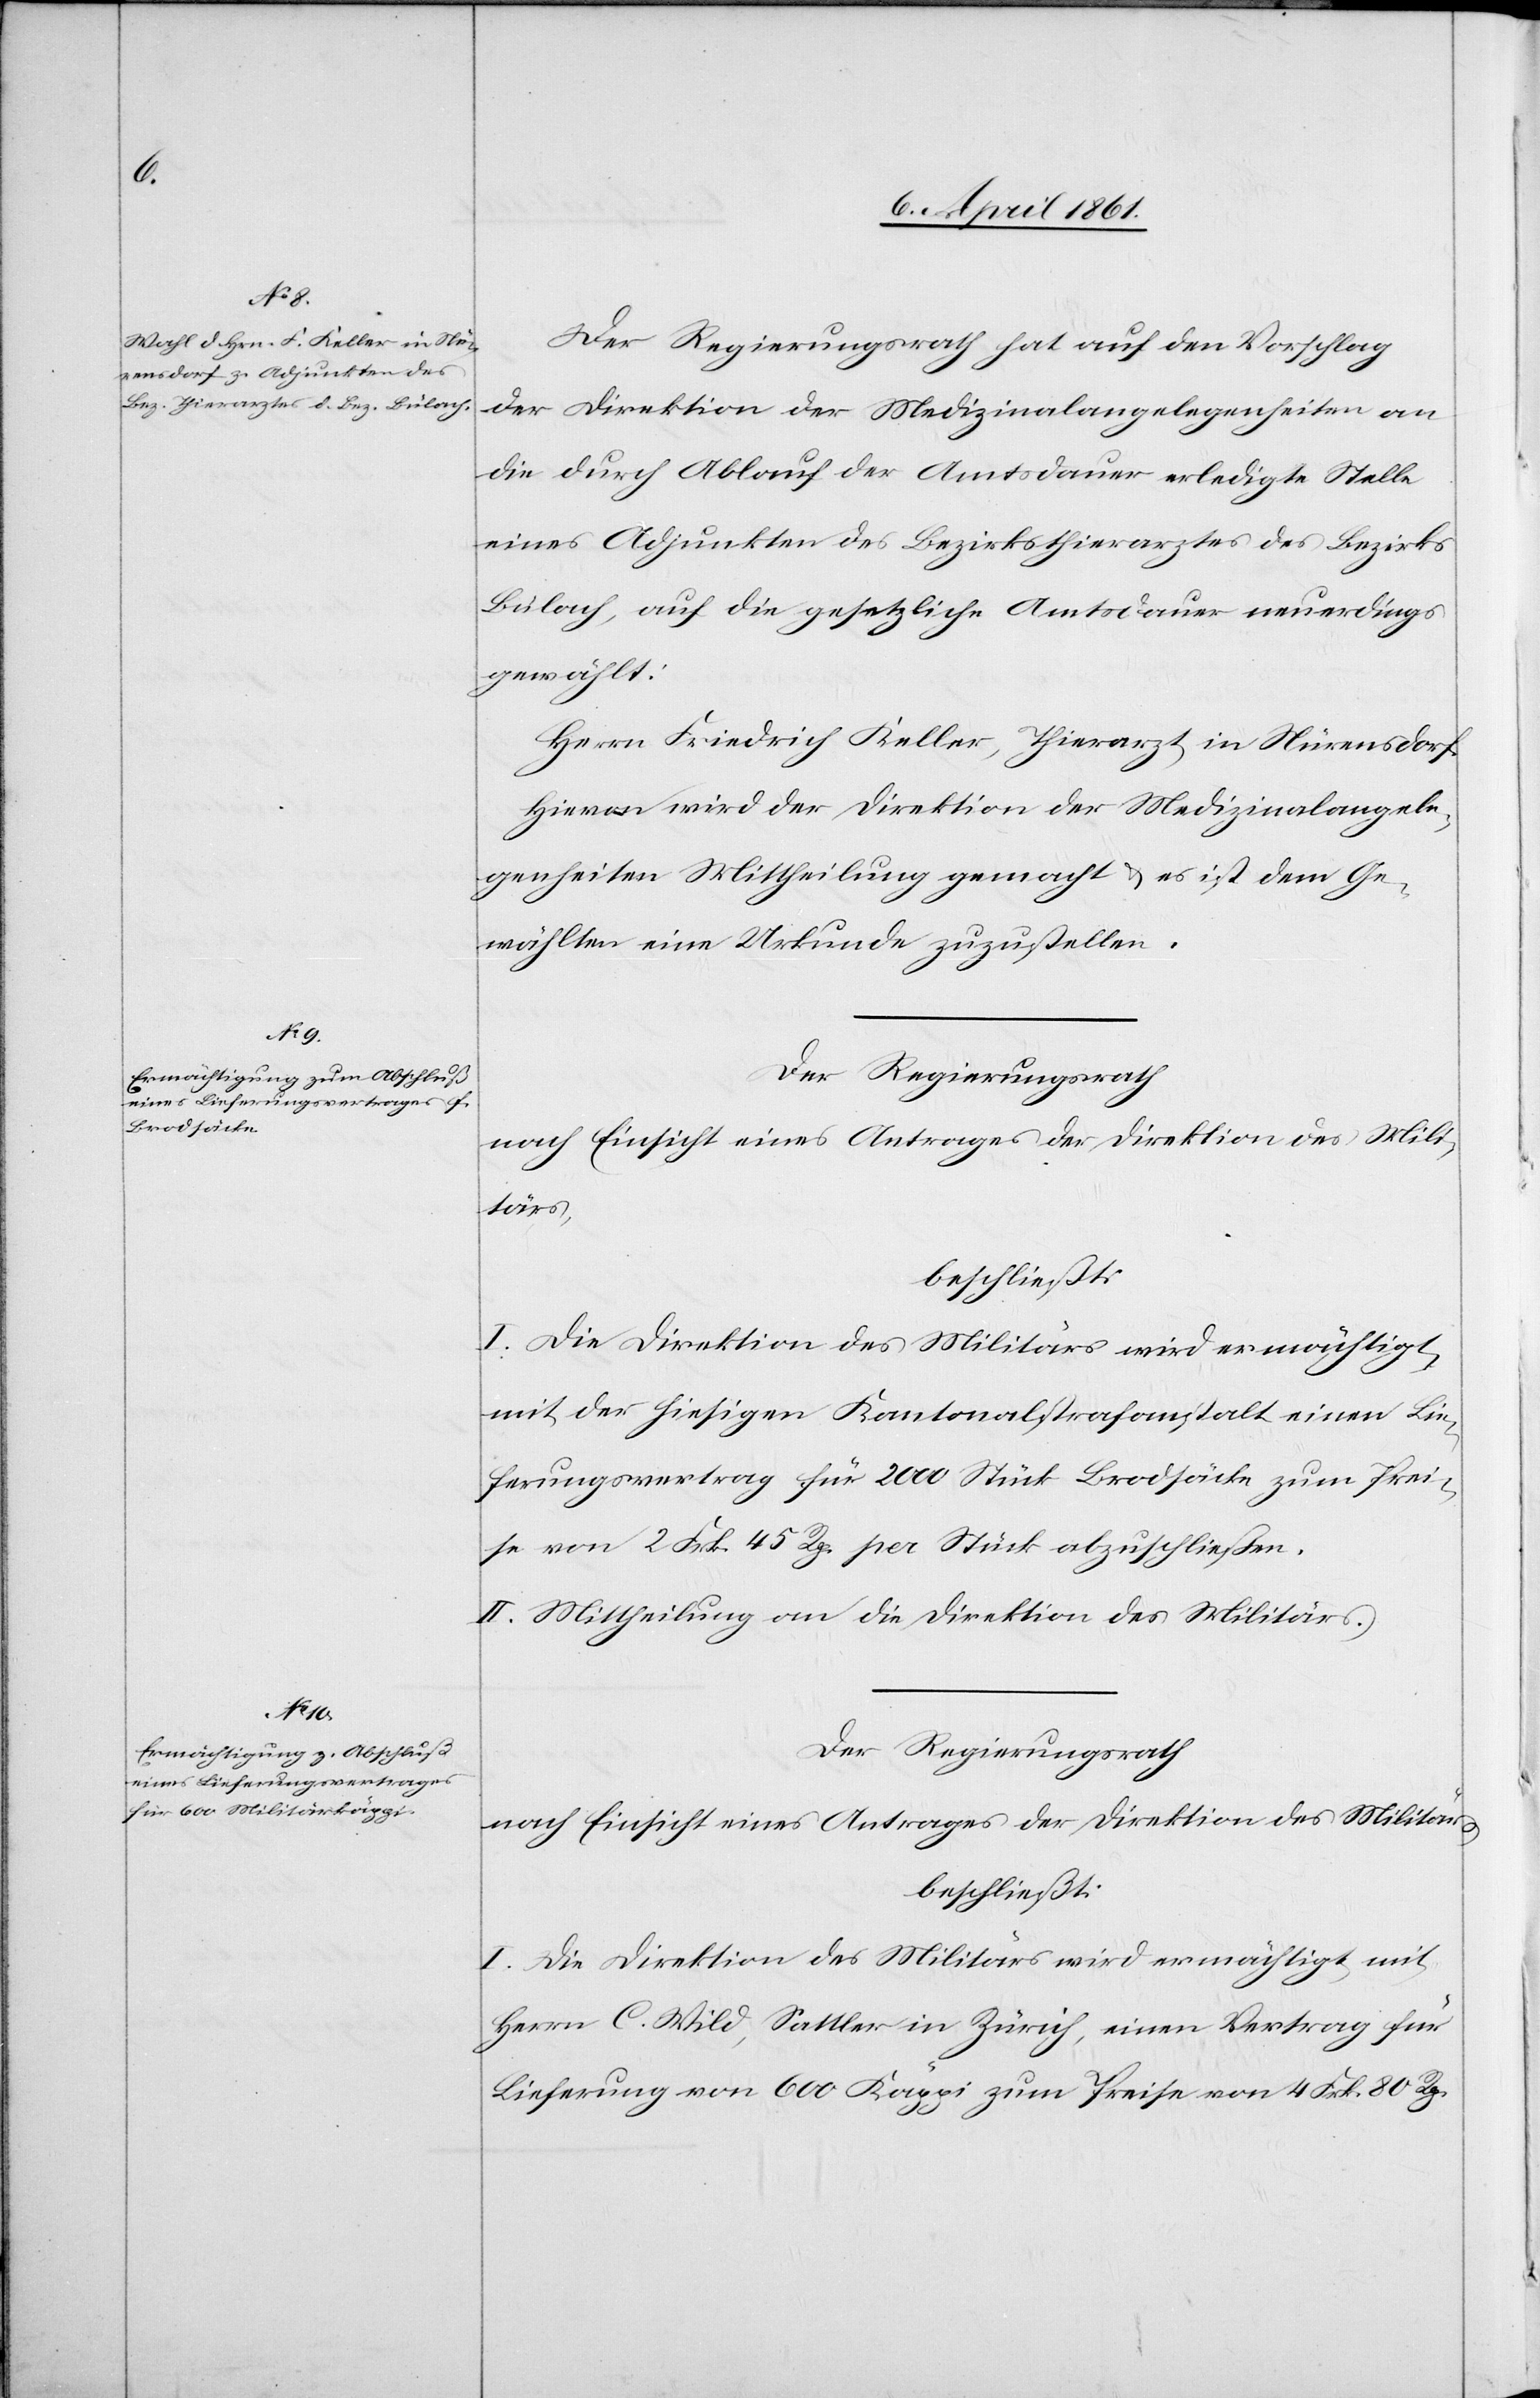
Der Regierungsrath hat auf den Vorschlag
der Direktion der Medizinalangelegenheiten an
die durch Ablauf der Amtsdauer erledigte Stelle
eines Adjunkten des Bezirksthierarztes des Bezirks
Bülach, auf die gesetzliche Amtsdauer neuerdings
gewählt:
Herrn Friedrich Keller, Thierarzt in Nürensdorf.
Hievon wird der Direktion der Medizinalangele¬
genheiten Mittheilung gemacht u. es ist dem Ge¬
wählten eine Urkunde zuzustellen.
Der Regierungsrath
nach Einsicht eines Antrages der Direktion des Mili¬
tärs,
beschließt:
I. Die Direktion des Militärs wird ermächtigt,
mit der hiesigen Kantonalstrafanstalt einen Lie¬
ferungsvertrag für 2000 Stück Brodsäcke zum Prei¬
se von 2 Frk. 45 Rp. per Stück abzuschließen.
II. Mittheilung an die Direktion des Militärs.
Der Regierungsrath
nach Einsicht eines Antrages der Direktion des Militärs
beschließt:
I. Die Direktion des Militärs wird ermächtigt mit
Herrn C. Wild, Sattler in Zürich, einen Vertrag für
Lieferung von 600 Käppi zum Preise von 4 Frk. 80 Rp.